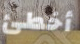
أخطئ